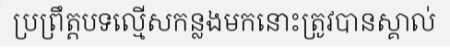
ប្រព្រឹត្តបទល្មើសកន្លងមកនោះត្រូវបានស្គាល់